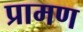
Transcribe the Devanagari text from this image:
प्रामण